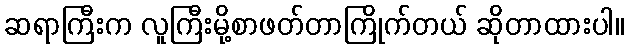
ဆရာကြီးက လူကြီးမို့စာဖတ်တာကြိုက်တယ် ဆိုတာထားပါ။